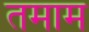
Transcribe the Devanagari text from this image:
तमाम